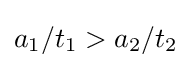
a_{1}/t_{1}>a_{2}/t_{2}